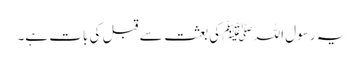
یہ رسول اللہ ﷺ کی بعثت سے قبل کی بات ہے۔